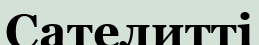
Сателитті